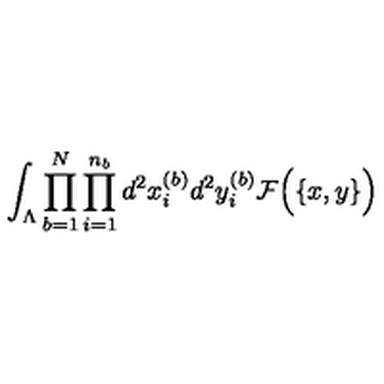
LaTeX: \int _ { \Lambda } \prod _ { b = 1 } ^ { N } \prod _ { i = 1 } ^ { n _ { b } } d ^ { 2 } x _ { i } ^ { ( b ) } d ^ { 2 } y _ { i } ^ { ( b ) } { \cal F } \Big ( \{ x , y \} \Big )